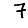
Digit: 7